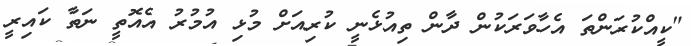
"ކީއްކުރަންތަ އެހާވަރަކުން ދާން ތިއުޅެނީ ކުރިއަށް މުޅި އުމުރު އެއޮތީ ނަތާ ކައިރީ